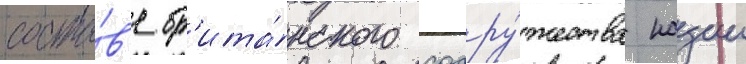
соста́в'е бр'ита́нского содру́жества нации